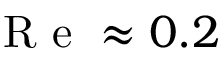
\mathrm { ~ R ~ e ~ } \approx 0 . 2